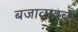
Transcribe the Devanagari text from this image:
बजावायचा